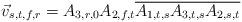
LaTeX: \begin{align*}\vec{v}_{s,t,f,r} = A_{3,r,0}A_{2,f,t}\overline{A_{1,t,s}A_{3,t,s}A_{2,s,t}}\end{align*}